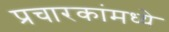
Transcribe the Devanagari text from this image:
प्रचारकांमध्ये